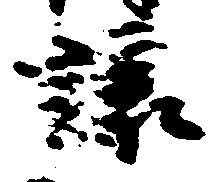
譲